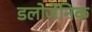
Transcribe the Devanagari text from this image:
डलोजेनिक